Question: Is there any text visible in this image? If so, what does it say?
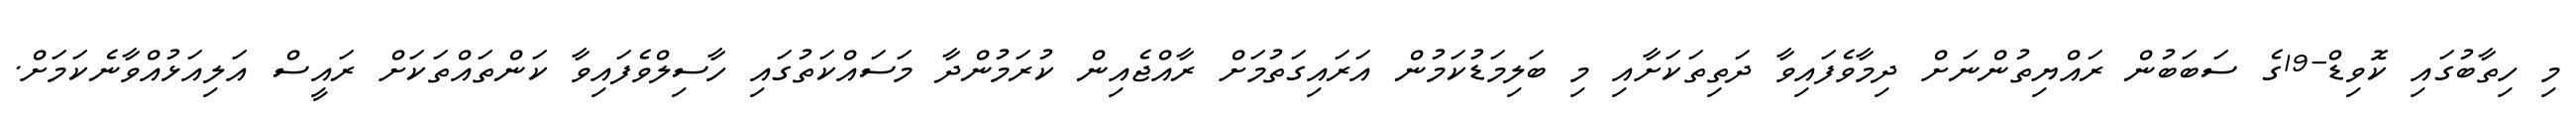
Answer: މި ހިތާބުގައި ކޮވިޑް-19ގެ ސަބަބުން ރައްޔިތުންނަށް ދިމާވެފައިވާ ދަތިތަކަށާއި މި ބަލިމަޑުކަމުން އަރައިގަތުމަށް ރާއްޖެއިން ކުރަމުންދާ މަސައްކަތުގައި ހާސިލްވެފައިވާ ކަންތައްތަކަށް ރައީސް އަލިއަޅުއްވާނެކަމަށް.